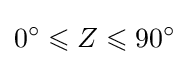
0^{\circ }\leqslant Z\leqslant 90^{\circ }